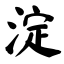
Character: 淀